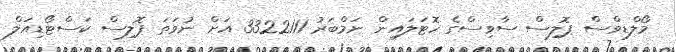
މޯލްޑިވްސް ޕޮލިސް ސާވިސްގެ ހޮޓަލައިން ނަމްބަރު 3322111 އަށް ނުވަތަ ޕޮލިސް ކަސްޓޯޑިއަލް